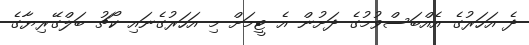
ދެ އަހަރުގެ އެއްބަސްވުމުގެ ދަށުން އެ ޓީމަށް މި އަހަރުގެނައި ކޯޗު ބަލްގޭރިޔާގެ